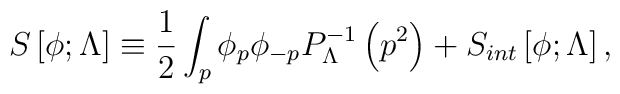
S\left[\phi;\Lambda\right]\equiv{1\over2}\int_p\phi_p\phi_{-p} P^{-1}_{\Lambda}\left( p^2\right) +S_{int}\left[ \phi ; \Lambda\right],